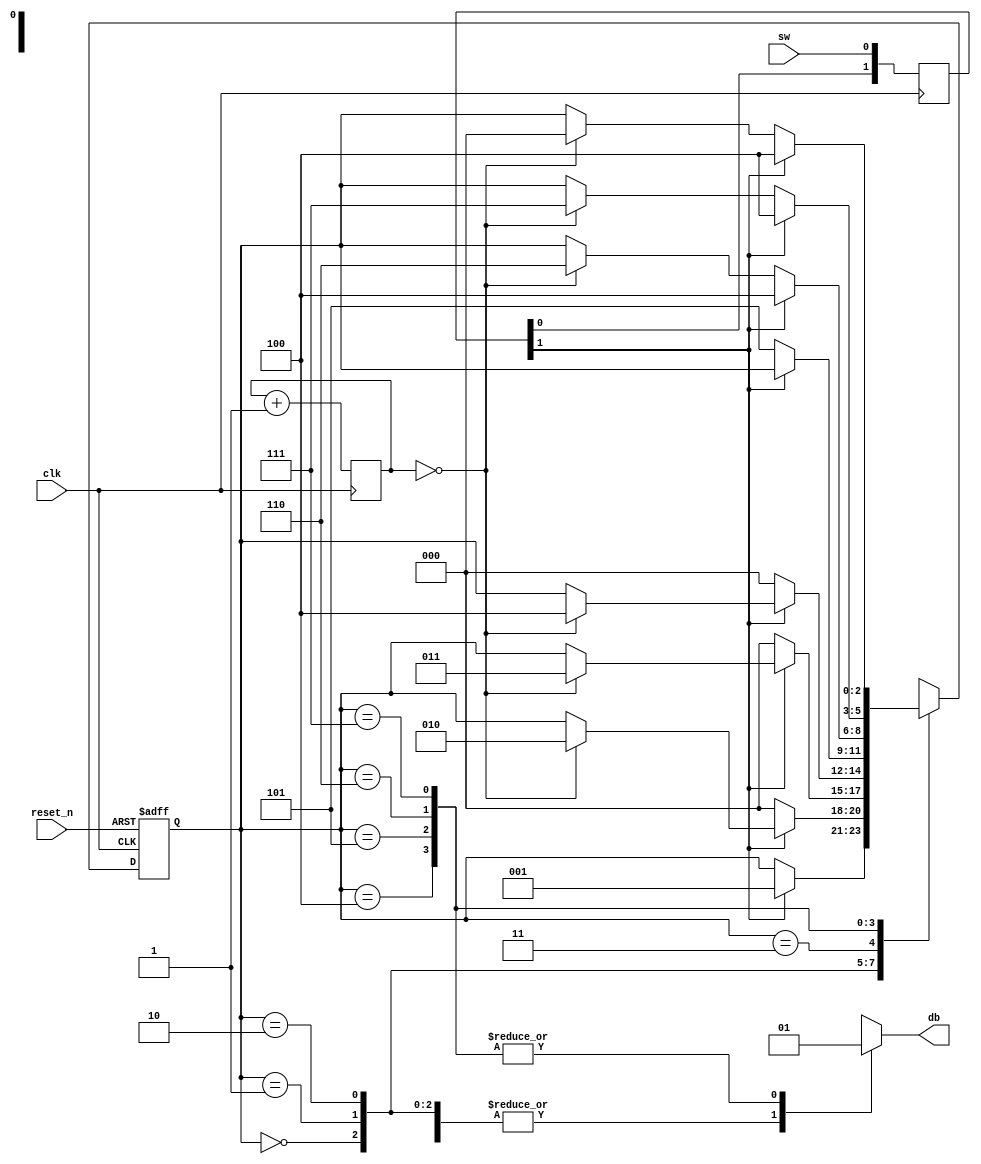
module db_fsm
(
	input clk,
	input reset_n,
	input sw,
	output reg db
);
localparam [2:0]
				zero = 3'b000,
				wait_1_1 = 3'b001,
				wait_1_2 = 3'b010,
				wait_1_3 = 3'b011,
				one = 3'b100,
				wait_0_1 =3'b101,
				wait_0_2 = 3'b110,
				wait_0_3=3'b111;
localparam N=19;
reg [N-1:0] q_reg;
wire [N-1:0] q_next;
wire m_tick;
reg [2:0] current_state,next_state;
reg [1:0] sync_sw;

//synchronizer
always @(posedge clk)
begin
	sync_sw <= {sync_sw[0],sw};
end
//counter to generate 10 ms tick
always @(posedge clk)
begin
	q_reg<=q_next;
end
assign q_next = q_reg + 1;
assign m_tick = (q_reg==0);
//debounsing FSM current state
always @(posedge clk or negedge reset_n)
begin
	if(!reset_n)
		current_state <= zero;
	else
		current_state <= next_state;
end
//db FSM next state
always @*
begin
	next_state = current_state;
	db=1'b0;
	case(current_state)
		zero:
			if(sync_sw[1])
				next_state = wait_1_1;
		wait_1_1:
			if(~sync_sw[1])
				next_state = zero;
			else if(m_tick)
				next_state = wait_1_2;
		wait_1_2:
			if(~sync_sw[1])
				next_state = zero;
			else if(m_tick)	
				next_state = wait_1_3;
		wait_1_3:
			if(~sync_sw[1])
				next_state = zero;
			else if(m_tick)
				next_state = one;
		one:
		begin
			db=1;
			if(~sync_sw[1])
				next_state = wait_0_1;
		end
		wait_0_1:
		begin
			db=1'b1;
			if(sync_sw[1])
				next_state = one;
			else if(m_tick)
				next_state = wait_0_2;
		end
		wait_0_2:
		begin
			db=1'b1;
			if(sync_sw[1])
				next_state = one;
			else if(m_tick)
				next_state = wait_0_3;
		end
		wait_0_3:
		begin
			db=1'b1;
			if(sync_sw[1])
				next_state = one;
			else if(m_tick)
				next_state = zero;
		end
		default: next_state = zero;
	endcase
end
endmodule